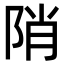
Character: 陗